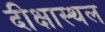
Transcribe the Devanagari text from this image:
दीक्षास्थल